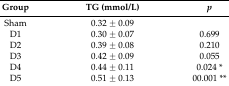
| Group | TG (mmol/L) | p |
 | --- | --- | --- |
 | Sham | 0.32 ± 0.09 |  |
 | D1 | 0.30 ± 0.07 | 0.699 |
 | D2 | 0.39 ± 0.08 | 0.210 |
 | D3 | 0.42 ± 0.09 | 0.055 |
 | D4 | 0.44 ± 0.11 | 0.024 * |
 | D5 | 0.51 ± 0.13 | 00.001 ** |